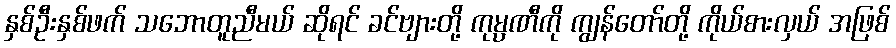
နှစ်ဦးနှစ်ဖက် သဘောတူညီမယ် ဆိုရင် ခင်ဗျားတို့ ကုမ္ပဏီကို ကျွန်တော်တို့ ကိုယ်စားလှယ် အဖြစ်